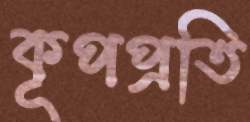
কূপপ্রতি